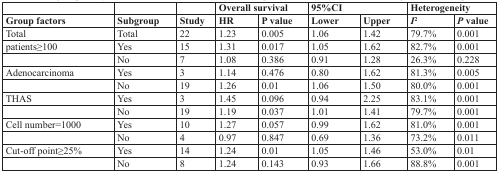
<table><thead><tr><td></td><td></td><td></td><td colspan="2"><b>Overall survival</b></td><td colspan="2"><b>95%CI</b></td><td colspan="2"><b>Heterogeneity</b></td></tr><tr><td><b>Group factors</b></td><td><b>Subgroup</b></td><td><b>Study</b></td><td><b>HR</b></td><td><b>P value</b></td><td><b>Lower</b></td><td><b>Upper</b></td><td><b><i>I</i><sup>2</sup></b></td><td><b><i>P</i> value</b></td></tr></thead><tbody><tr><td>Total</td><td>Total</td><td>22</td><td>1.23</td><td>0.005</td><td>1.06</td><td>1.42</td><td>79.7%</td><td>0.001</td></tr><tr><td>patients≥100</td><td>Yes</td><td>15</td><td>1.31</td><td>0.017</td><td>1.05</td><td>1.62</td><td>82.7%</td><td>0.001</td></tr><tr><td></td><td>No</td><td>7</td><td>1.08</td><td>0.386</td><td>0.91</td><td>1.28</td><td>26.3%</td><td>0.228</td></tr><tr><td>Adenocarcinoma</td><td>Yes</td><td>3</td><td>1.14</td><td>0.476</td><td>0.80</td><td>1.62</td><td>81.3%</td><td>0.005</td></tr><tr><td></td><td>No</td><td>19</td><td>1.26</td><td>0.01</td><td>1.06</td><td>1.50</td><td>80.0%</td><td>0.001</td></tr><tr><td>THAS</td><td>Yes</td><td>3</td><td>1.45</td><td>0.096</td><td>0.94</td><td>2.25</td><td>83.1%</td><td>0.001</td></tr><tr><td></td><td>No</td><td>19</td><td>1.19</td><td>0.037</td><td>1.01</td><td>1.41</td><td>79.7%</td><td>0.001</td></tr><tr><td>Cell number=1000</td><td>Yes</td><td>10</td><td>1.27</td><td>0.057</td><td>0.99</td><td>1.62</td><td>81.0%</td><td>0.001</td></tr><tr><td></td><td>No</td><td>4</td><td>0.97</td><td>0.847</td><td>0.69</td><td>1.36</td><td>73.2%</td><td>0.011</td></tr><tr><td>Cut-off point≥25%</td><td>Yes</td><td>14</td><td>1.24</td><td>0.01</td><td>1.05</td><td>1.46</td><td>53.0%</td><td>0.01</td></tr><tr><td></td><td>No</td><td>8</td><td>1.24</td><td>0.143</td><td>0.93</td><td>1.66</td><td>88.8%</td><td>0.001</td></tr></tbody></table>